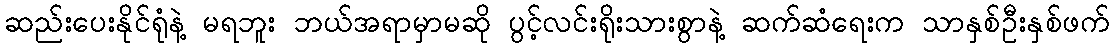
ဆည်းပေးနိုင်ရုံနဲ့ မရဘူး ဘယ်အရာမှာမဆို ပွင့်လင်းရိုးသားစွာနဲ့ ဆက်ဆံရေးက သာနှစ်ဦးနှစ်ဖက်